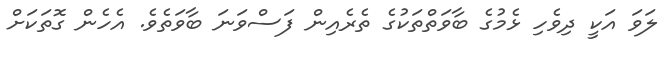
ލަވަ އަކީ ދިވެހި ޅެމުގެ ބާވަތްތަކުގެ ތެރެއިން ފަސްވަނަ ބާވަތެވެ. އެހެން ގޮތަކަށް